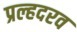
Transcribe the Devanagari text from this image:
प्रल्हदरव